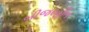
બીજરહીત